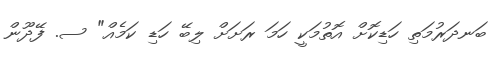
ބަނދަރުމަތި ހަޑިކޮށް އޮތުމަކީ ހަމަ ރަށަށް ލިބޭ ހަޑި ކަމެއް" ސ. ފޭދޫން